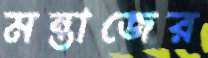
মন্তাজের